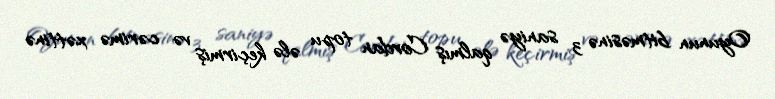
Oyunun bitməsinə 3 saniyə qalmış Cordan topu ələ keçirmiş və cərimə xəttinə